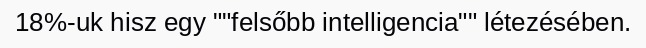
18%-uk hisz egy ""felsőbb intelligencia"" létezésében.